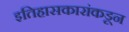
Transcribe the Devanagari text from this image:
इतिहासकारांकडून